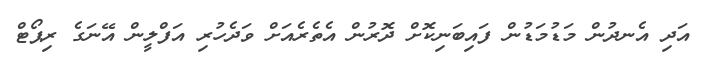
އަދި އެނދުން މަޑުމަޑުން ފައިބަނިކޮށް ދޮރުން އެތެރެއަށް ވަދެހުރި އަފްލީން އޭނަގެ ރިޕޯޓް